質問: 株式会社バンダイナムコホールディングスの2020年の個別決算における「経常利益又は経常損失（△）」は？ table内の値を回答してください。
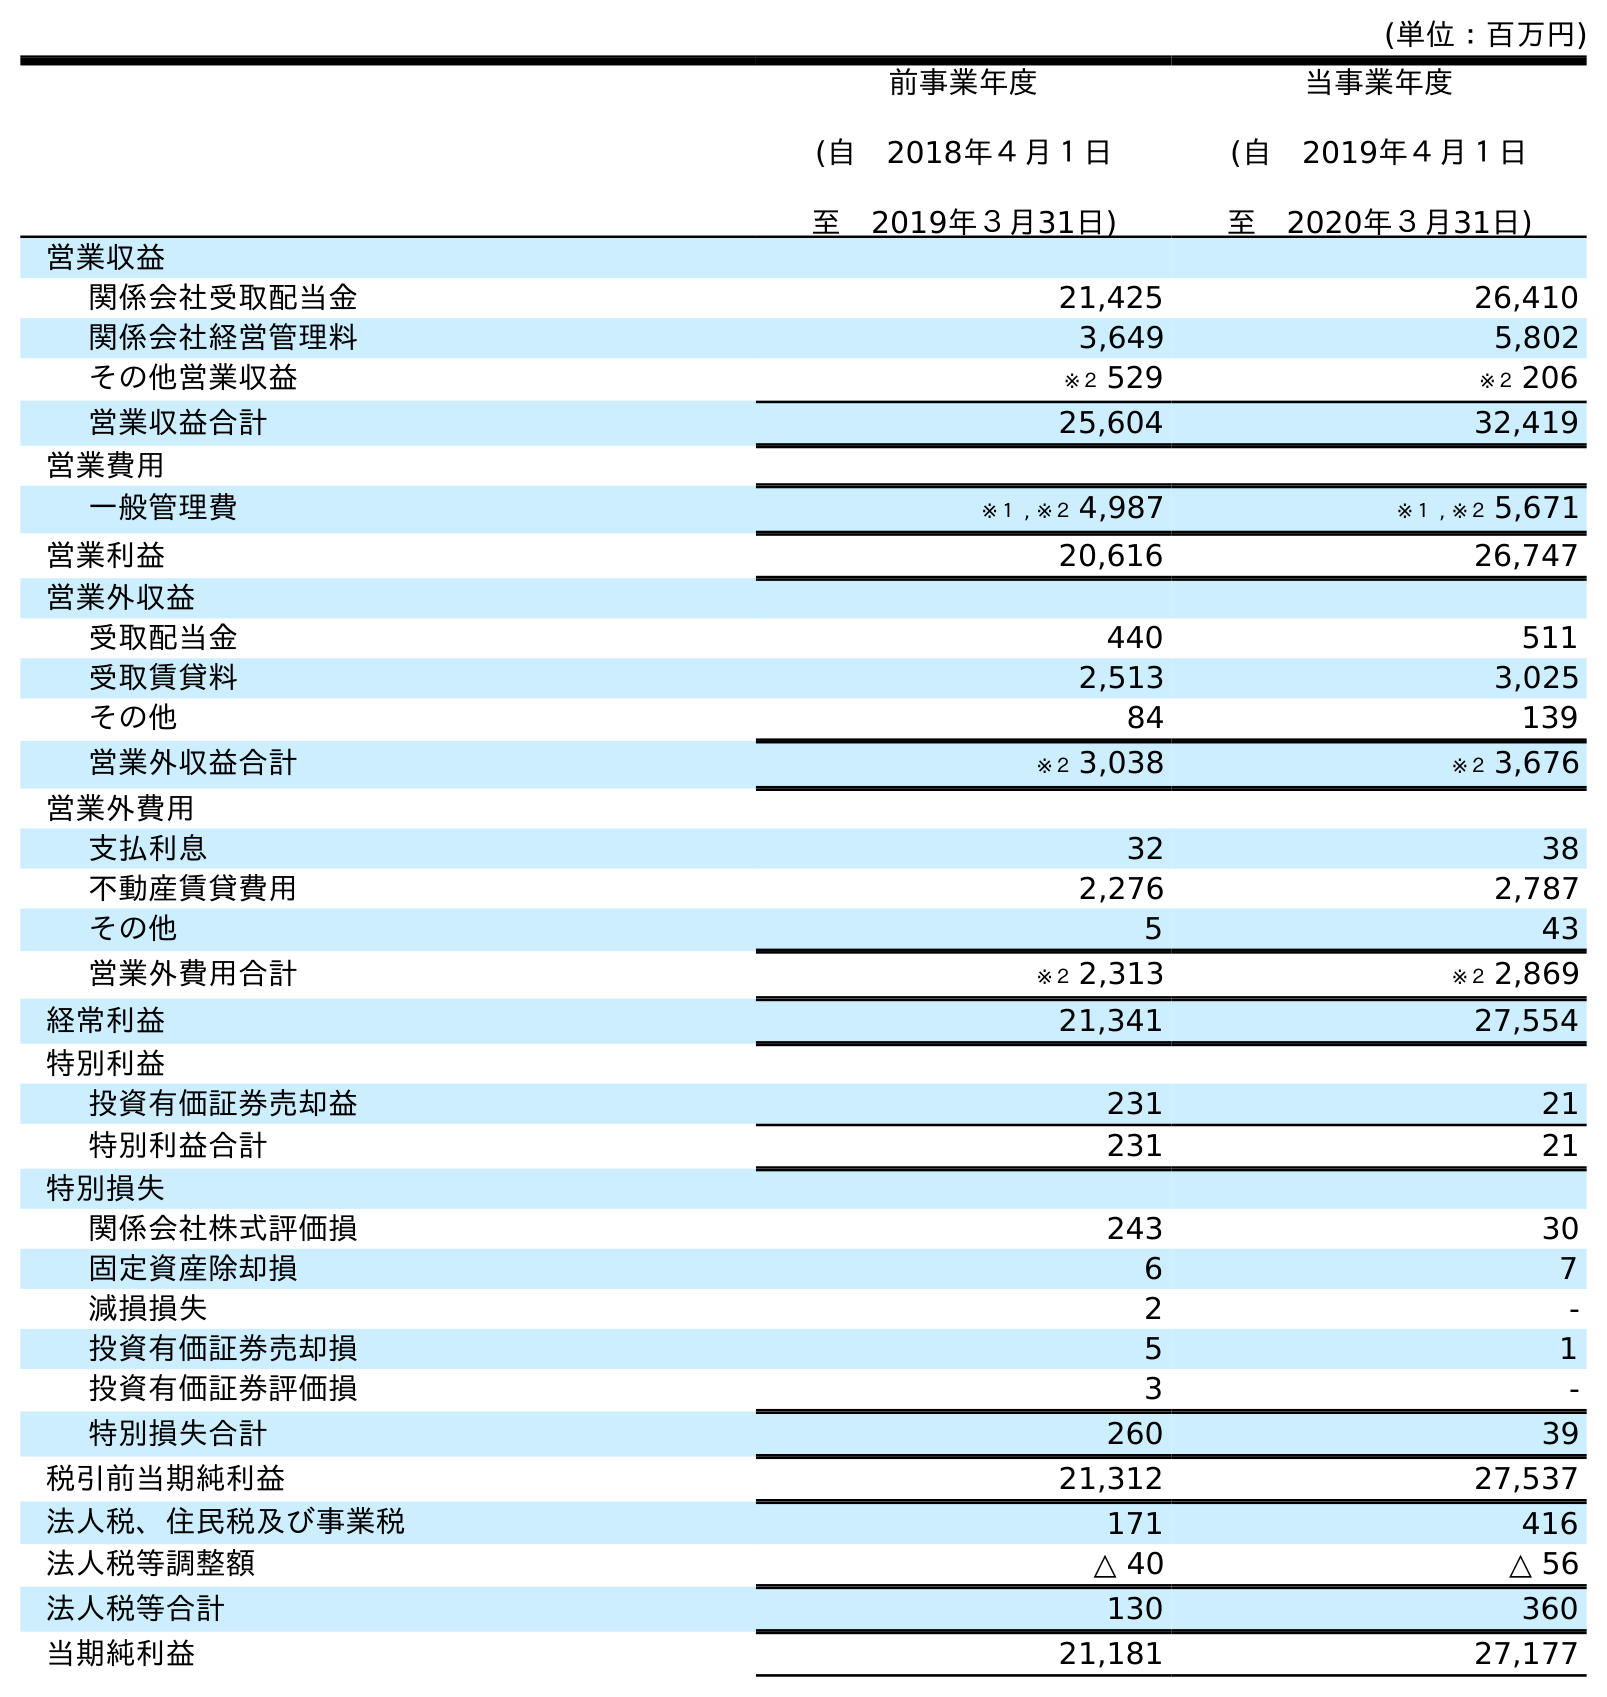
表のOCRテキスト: (単位：百万円) 前事業年度 (自 2018年４月１日 至 2019年３月31日) 当事業年度 (自 2019年４月１日 至 2020年３月31日) 営業収益 関係会社受取配当金 21,425 26,410 関係会社経営管理料 3,649 5,802 その他営業収益 ※２ 529 ※２ 206 営業収益合計 25,604 32,419 営業費用 一般管理費 ※１ , ※２ 4,987 ※１ , ※２ 5,671 営業利益 20,616 26,747 営業外収益 受取配当金 440 511 受取賃貸料 2,513 3,025 その他 84 139 営業外収益合計 ※２ 3,038 ※２ 3,676 営業外費用 支払利息 32 38 不動産賃貸費用 2,276 2,787 その他 5 43 営業外費用合計 ※２ 2,313 ※２ 2,869 経常利益 21,341 27,554 特別利益 投資有価証券売却益 231 21 特別利益合計 231 21 特別損失 関係会社株式評価損 243 30 固定資産除却損 6 7 減損損失 2 - 投資有価証券売却損 5 1 投資有価証券評価損 3 - 特別損失合計 260 39 税引前当期純利益 21,312 27,537 法人税、住民税及び事業税 171 416 法人税等調整額 △ 40 △ 56 法人税等合計 130 360 当期純利益 21,181 27,177
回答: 27,554